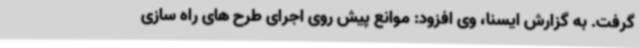
گرفت. به گزارش ایسنا، وی افزود: موانع پیش روی اجرای طرح های راه سازی